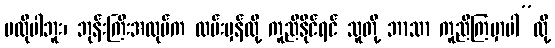
မလိုပါဘူး၊ ဘုန်းကြီးအလုပ်က လမ်းမှန်လို့ ကူညီနိုင်ရင် သူတို့ ဘာသာ ကူညီကြမှာပါ”လို့